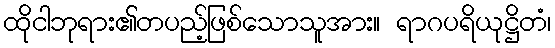
ထိုငါဘုရား၏တပည့်ဖြစ်သောသူအား။ ရာဂပရိယုဋ္ဌိတံ၊